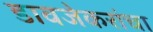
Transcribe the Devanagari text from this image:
डावजेकरांचा